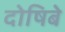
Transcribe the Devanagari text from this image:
दोषिबे